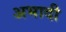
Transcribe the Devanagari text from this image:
अभादी